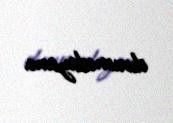
durumdayam.